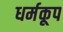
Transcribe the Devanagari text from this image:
धर्मकूप